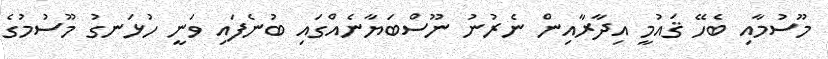
މޫސުމާއި ބެހޭ ޤައުމީ އިދާރާއިން ނެރުނު ނޫސްބަޔާނެއްގައި ބުނެފައި ވަނީ ހުޅަނގު މޫސުމުގެ